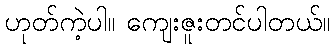
ဟုတ်ကဲ့ပါ။ ကျေးဇူးတင်ပါတယ်။